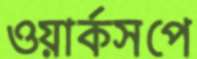
ওয়ার্কসপে